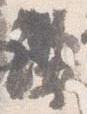
纓